Senior Leaving Certificate Examination (including Day School Certificate (Higher) General paper), 1947
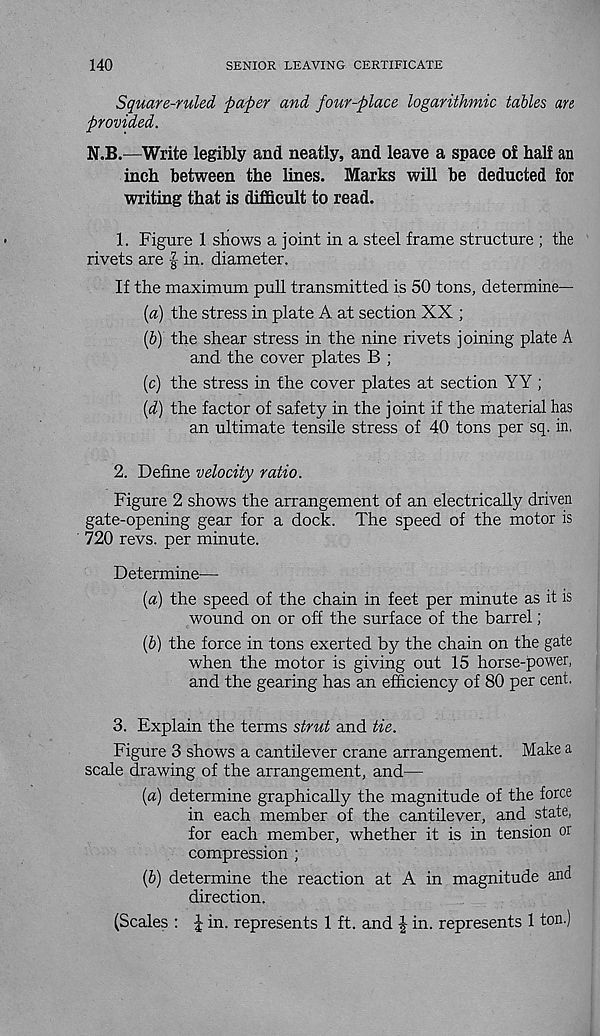
140
SENIOR LEAVING CERTIFICATE
Square-ruled paper and four-place logarithmic tables an
provided.
N.B.—Write legibly and neatly, and leave a space of half an
inch between the lines. Marks will be deducted for
writing that is difficult to read.
1. Figure 1 shows a joint in a steel frame structure ; the
rivets are in. diameter.
If the maximum pull transmitted is 50 tons, determine—
(a) the stress in plate A at section XX ;
(b) the shear stress in the nine rivets joining plate A
and the cover plates B ;
(c) the stress in the cover plates at section YY ;
(d) the factor of safety in the joint if the material has
an ultimate tensile stress of 40 tons per sq. in.
2. Define velocity ratio.
Figure 2 shows the arrangement of an electrically driven
gate-opening gear for a dock. The speed of the motor is
720 revs, per minute.
Determine—
(а) the speed of the chain in feet per minute as it is
wound on or off the surface of the barrel;
(б) the force in tons exerted by the chain on the gate
when the motor is giving out 15 horse-power,
and the gearing has an efficiency of 80 per cent.
3. Explain the terms strut and tie.
Figure 3 shows a cantilever crane arrangement. Make a
scale drawing of the arrangement, and—
{a) determine graphically the magnitude of the force
in each member of the cantilever, and state,
for each member, whether it is in tension or
compression ;
(6) determine the reaction at A in magnitude and
direction.
(Scales : J in. represents 1 ft. and | in. represents 1 ton.)